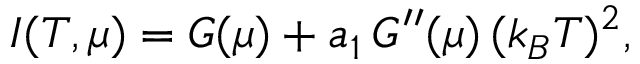
I ( T , \mu ) = G ( \mu ) + a _ { 1 } \, G ^ { \prime \prime } ( \mu ) \, ( k _ { B } T ) ^ { 2 } ,